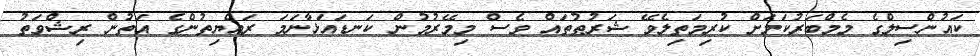
ކައުންސިލްގެ މެމްބަރުކަމަށް ކުރިމަތިލެވޭ ޝަރުޠުތައް ވެސް މިމޭރުމުން ކަނޑައަޅާނަމަ ރައްޔިތުންގެ އަތުން ރިޝްވަތު